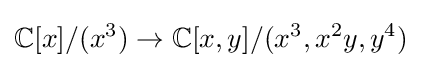
\mathbb {C} [x]/(x^{3})\to \mathbb {C} [x,y]/(x^{3},x^{2}y,y^{4})